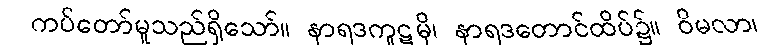
ကပ်တော်မူသည်ရှိသော်။ နာရဒကူဋမှိ၊ နာရဒတောင်ထိပ်၌။ ဝိမလာ၊